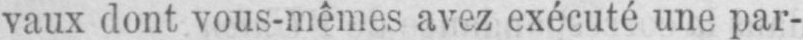
vaux dont vous-mêmes avez exécuté une par-